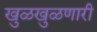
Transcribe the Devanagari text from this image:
खुळखुळणारी